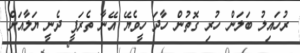
ރުހައިލު ބަލަން ހުރި ގޮތުން ހާދަ ހީވެޔޭ އޭނާ ތެރަޕީ ދެނީ ޔަލާއަށް